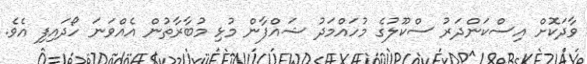
ވާދަކޮށް އިސްކަންދަރު ސްކޫލުގެ މުހައްމަދު ޝައްފާން މުޅި މުބާރާތުން އެއްވަނަ ހޯދައިފި އެވެ.